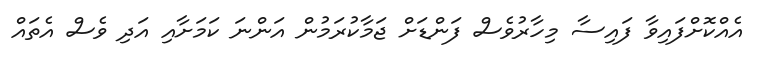
އެއްކޮށްފައިވާ ފައިސާ މިހާރުވެސް ފަންޑަށް ޖަމާކުރަމުން އަންނަ ކަމަށާއި އަދި ވެސް އެތައް